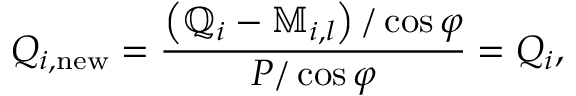
Q _ { i , \mathrm { n e w } } = \frac { \left( \mathbb { Q } _ { i } - \mathbb { M } _ { i , l } \right) / \cos { \varphi } } { P / \cos { \varphi } } = Q _ { i } ,